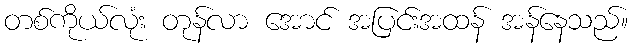
တစ်ကိုယ်လုံး တုန်လာ အောင် အပြင်းအထန် အန်နေသည်။